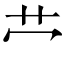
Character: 𫇦